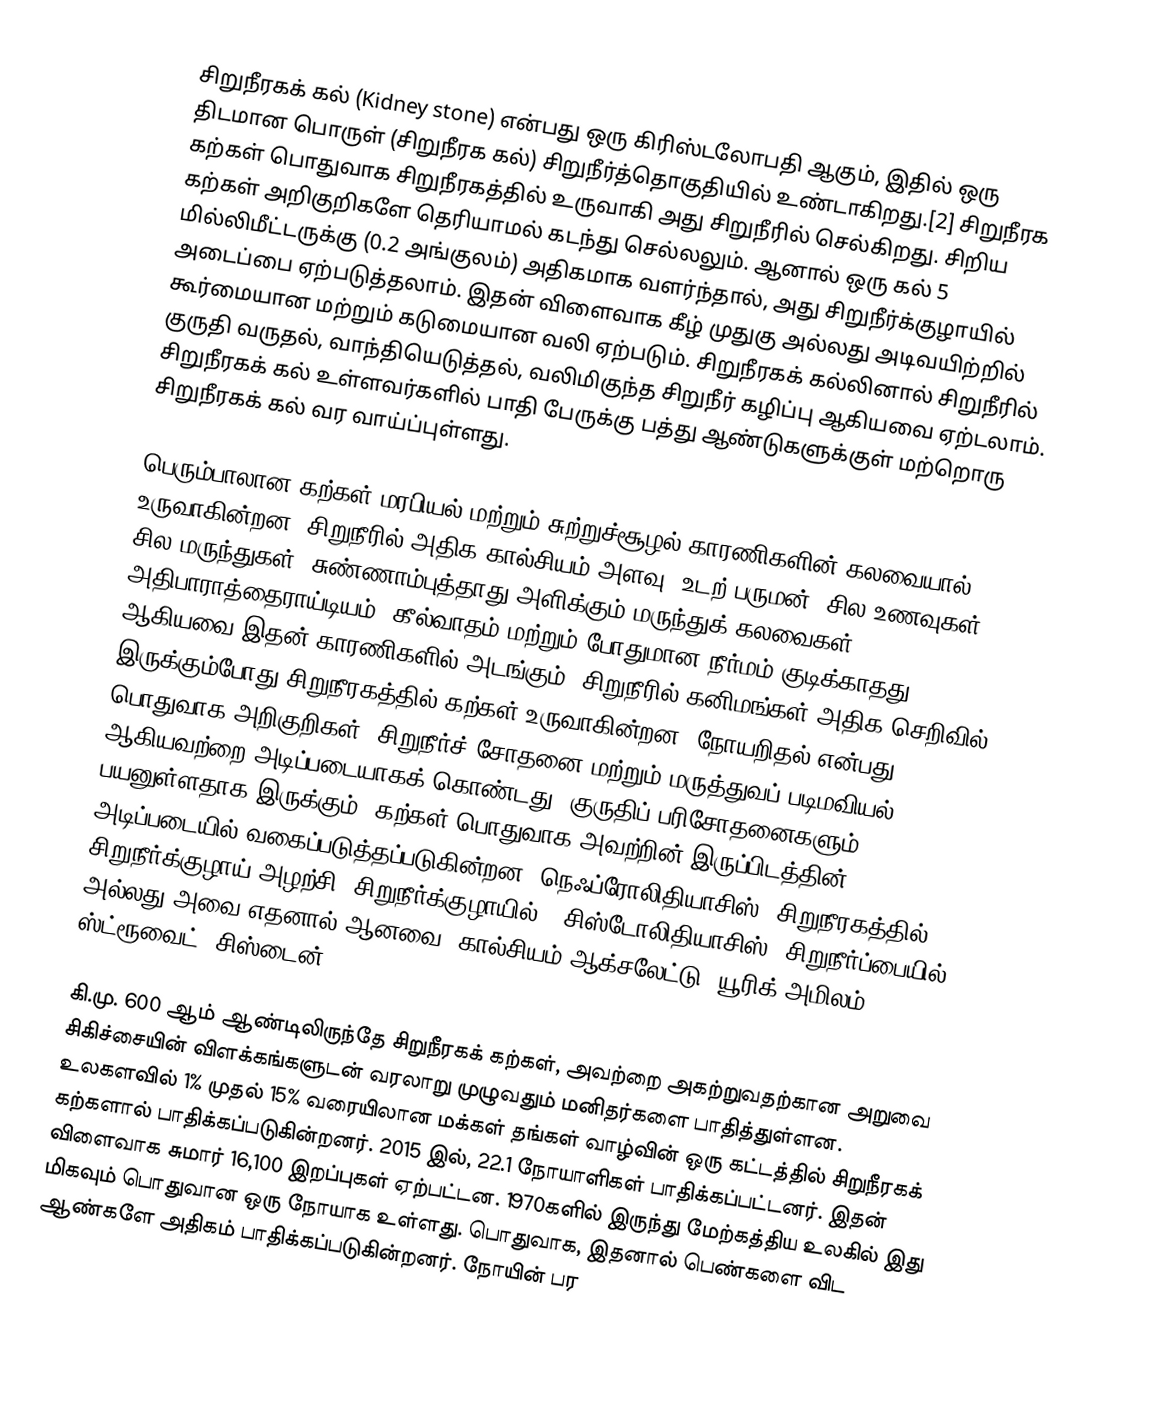
சிறுநீரகக் கல் (Kidney stone) என்பது  ஒரு கிரிஸ்டலோபதி ஆகும், இதில் ஒரு திடமான பொருள் (சிறுநீரக கல்)  சிறுநீர்த்தொகுதியில் உண்டாகிறது.[2] சிறுநீரக கற்கள் பொதுவாக சிறுநீரகத்தில் உருவாகி அது சிறுநீரில் செல்கிறது.  சிறிய கற்கள் அறிகுறிகளே தெரியாமல் கடந்து செல்லலும். ஆனால் ஒரு கல் 5 மில்லிமீட்டருக்கு (0.2 அங்குலம்) அதிகமாக வளர்ந்தால், அது சிறுநீர்க்குழாயில் அடைப்பை ஏற்படுத்தலாம். இதன் விளைவாக கீழ் முதுகு அல்லது அடிவயிற்றில் கூர்மையான மற்றும் கடுமையான வலி ஏற்படும். சிறுநீரகக் கல்லினால் சிறுநீரில் குருதி வருதல், வாந்தியெடுத்தல், வலிமிகுந்த சிறுநீர் கழிப்பு ஆகியவை ஏற்டலாம். சிறுநீரகக் கல் உள்ளவர்களில் பாதி பேருக்கு பத்து ஆண்டுகளுக்குள் மற்றொரு சிறுநீரகக் கல் வர வாய்ப்புள்ளது.

பெரும்பாலான கற்கள் மரபியல் மற்றும் சுற்றுச்சூழல் காரணிகளின் கலவையால் உருவாகின்றன. சிறுநீரில் அதிக கால்சியம் அளவு, உடற் பருமன், சில உணவுகள், சில மருந்துகள், சுண்ணாம்புத்தாது அளிக்கும் மருந்துக் கலவைகள், அதிபாராத்தைராய்டியம், கீல்வாதம் மற்றும் போதுமான நீர்மம் குடிக்காதது ஆகியவை இதன் காரணிகளில் அடங்கும். சிறுநீரில் கனிமங்கள் அதிக செறிவில் இருக்கும்போது சிறுநீரகத்தில் கற்கள் உருவாகின்றன. நோயறிதல் என்பது பொதுவாக அறிகுறிகள், சிறுநீர்ச் சோதனை மற்றும் மருத்துவப் படிமவியல் ஆகியவற்றை அடிப்படையாகக் கொண்டது. குருதிப் பரிசோதனைகளும் பயனுள்ளதாக இருக்கும். கற்கள் பொதுவாக அவற்றின் இருப்பிடத்தின் அடிப்படையில் வகைப்படுத்தப்படுகின்றன: நெஃப்ரோலிதியாசிஸ் (சிறுநீரகத்தில்),  சிறுநீர்க்குழாய் அழற்சி (சிறுநீர்க்குழாயில்), சிஸ்டோலிதியாசிஸ் (சிறுநீர்ப்பையில்), அல்லது அவை எதனால் ஆனவை (கால்சியம் ஆக்சலேட்டு, யூரிக் அமிலம், ஸ்ட்ரூவைட், சிஸ்டைன்).

கி.மு. 600 ஆம் ஆண்டிலிருந்தே சிறுநீரகக் கற்கள், அவற்றை அகற்றுவதற்கான அறுவை சிகிச்சையின் விளக்கங்களுடன் வரலாறு முழுவதும் மனிதர்களை பாதித்துள்ளன. உலகளவில் 1% முதல் 15% வரையிலான மக்கள் தங்கள் வாழ்வின் ஒரு கட்டத்தில் சிறுநீரகக் கற்களால் பாதிக்கப்படுகின்றனர். 2015 இல், 22.1 நோயாளிகள் பாதிக்கப்பட்டனர். இதன் விளைவாக சுமார் 16,100 இறப்புகள் ஏற்பட்டன. 1970களில் இருந்து மேற்கத்திய உலகில் இது மிகவும் பொதுவான ஒரு நோயாக உள்ளது.  பொதுவாக, இதனால் பெண்களை விட ஆண்களே அதிகம் பாதிக்கப்படுகின்றனர். நோயின் பர